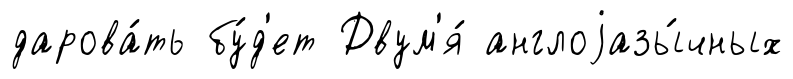
дарова́ть бу́д'ет Двум'я́ англоjазы́чных